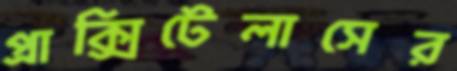
প্রাক্সিটেলাসের